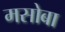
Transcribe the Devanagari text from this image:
मसोबा